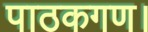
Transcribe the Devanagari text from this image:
पाठकगण।